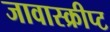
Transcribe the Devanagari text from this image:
जावास्क्रीप्ट